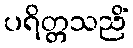
ပရိတ္တသညိံ